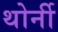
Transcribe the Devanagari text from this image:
थोर्नी